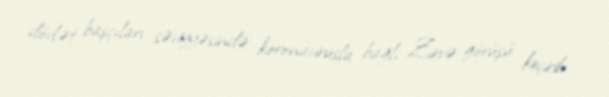
dövlət başçıları səviyyəsində koronavirusla bağlı Zirvə görüşü keçirib.